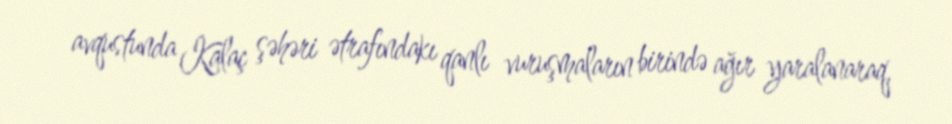
avqustunda Kalaç şəhəri ətrafındakı qanlı vuruşmaların birində ağır yaralanaraq,